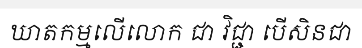
ឃាតកម្មលើលោក ជា វិជ្ជា បើសិនជា